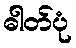
ဓါတ်ပုံ